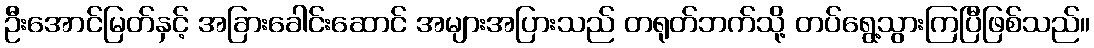
ဦးအောင်မြတ်နှင့် အခြားခေါင်းဆောင် အများအပြားသည် တရုတ်ဘက်သို့ တပ်ရွေ့သွားကြပြီဖြစ်သည်။